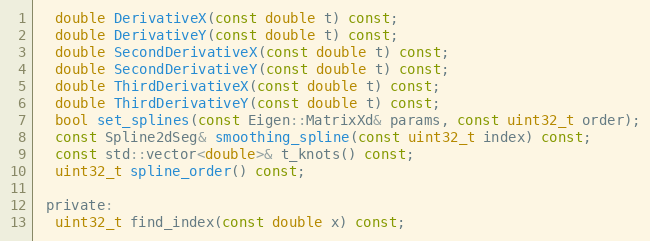
Language: C
  double DerivativeX(const double t) const;
  double DerivativeY(const double t) const;
  double SecondDerivativeX(const double t) const;
  double SecondDerivativeY(const double t) const;
  double ThirdDerivativeX(const double t) const;
  double ThirdDerivativeY(const double t) const;
  bool set_splines(const Eigen::MatrixXd& params, const uint32_t order);
  const Spline2dSeg& smoothing_spline(const uint32_t index) const;
  const std::vector<double>& t_knots() const;
  uint32_t spline_order() const;

 private:
  uint32_t find_index(const double x) const;